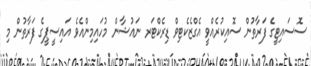
ސޮސައިޓީގެ ފަރާތުން ސޮއިކުރެއްވީ އެގްޒެކެޓިވް ޑިރެކްޓަރ ނައުޝާން މުހައިމިންއެވެ އައިސީޕީގެ ފަރާތުން މި